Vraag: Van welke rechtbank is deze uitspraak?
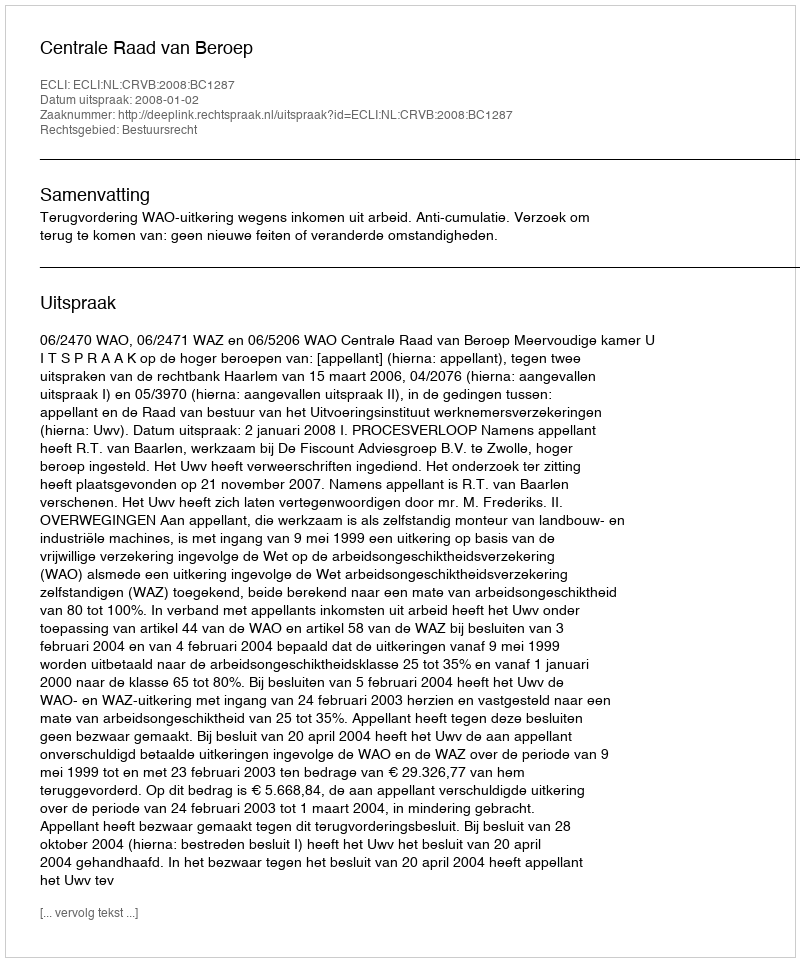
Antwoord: Centrale Raad van Beroep